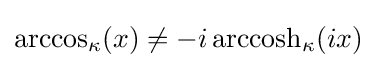
{\rm {arccos}}_{\kappa }(x)\neq -i\,{\rm {arccosh}}_{\kappa }(ix)